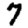
Digit: 7